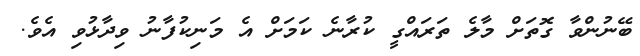
ބޭނުންވާ ގޮތަށް މާލެ ތަރައްގީ ކުރާނެ ކަމަށް އެ މަނިކުފާނު ވިދާޅުވި އެވެ.